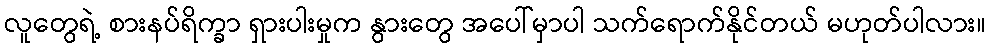
လူတွေရဲ့ စားနပ်ရိက္ခာ ရှားပါးမှုက နွားတွေ အပေါ်မှာပါ သက်ရောက်နိုင်တယ် မဟုတ်ပါလား။